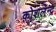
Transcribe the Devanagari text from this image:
कोशलेन्द्र